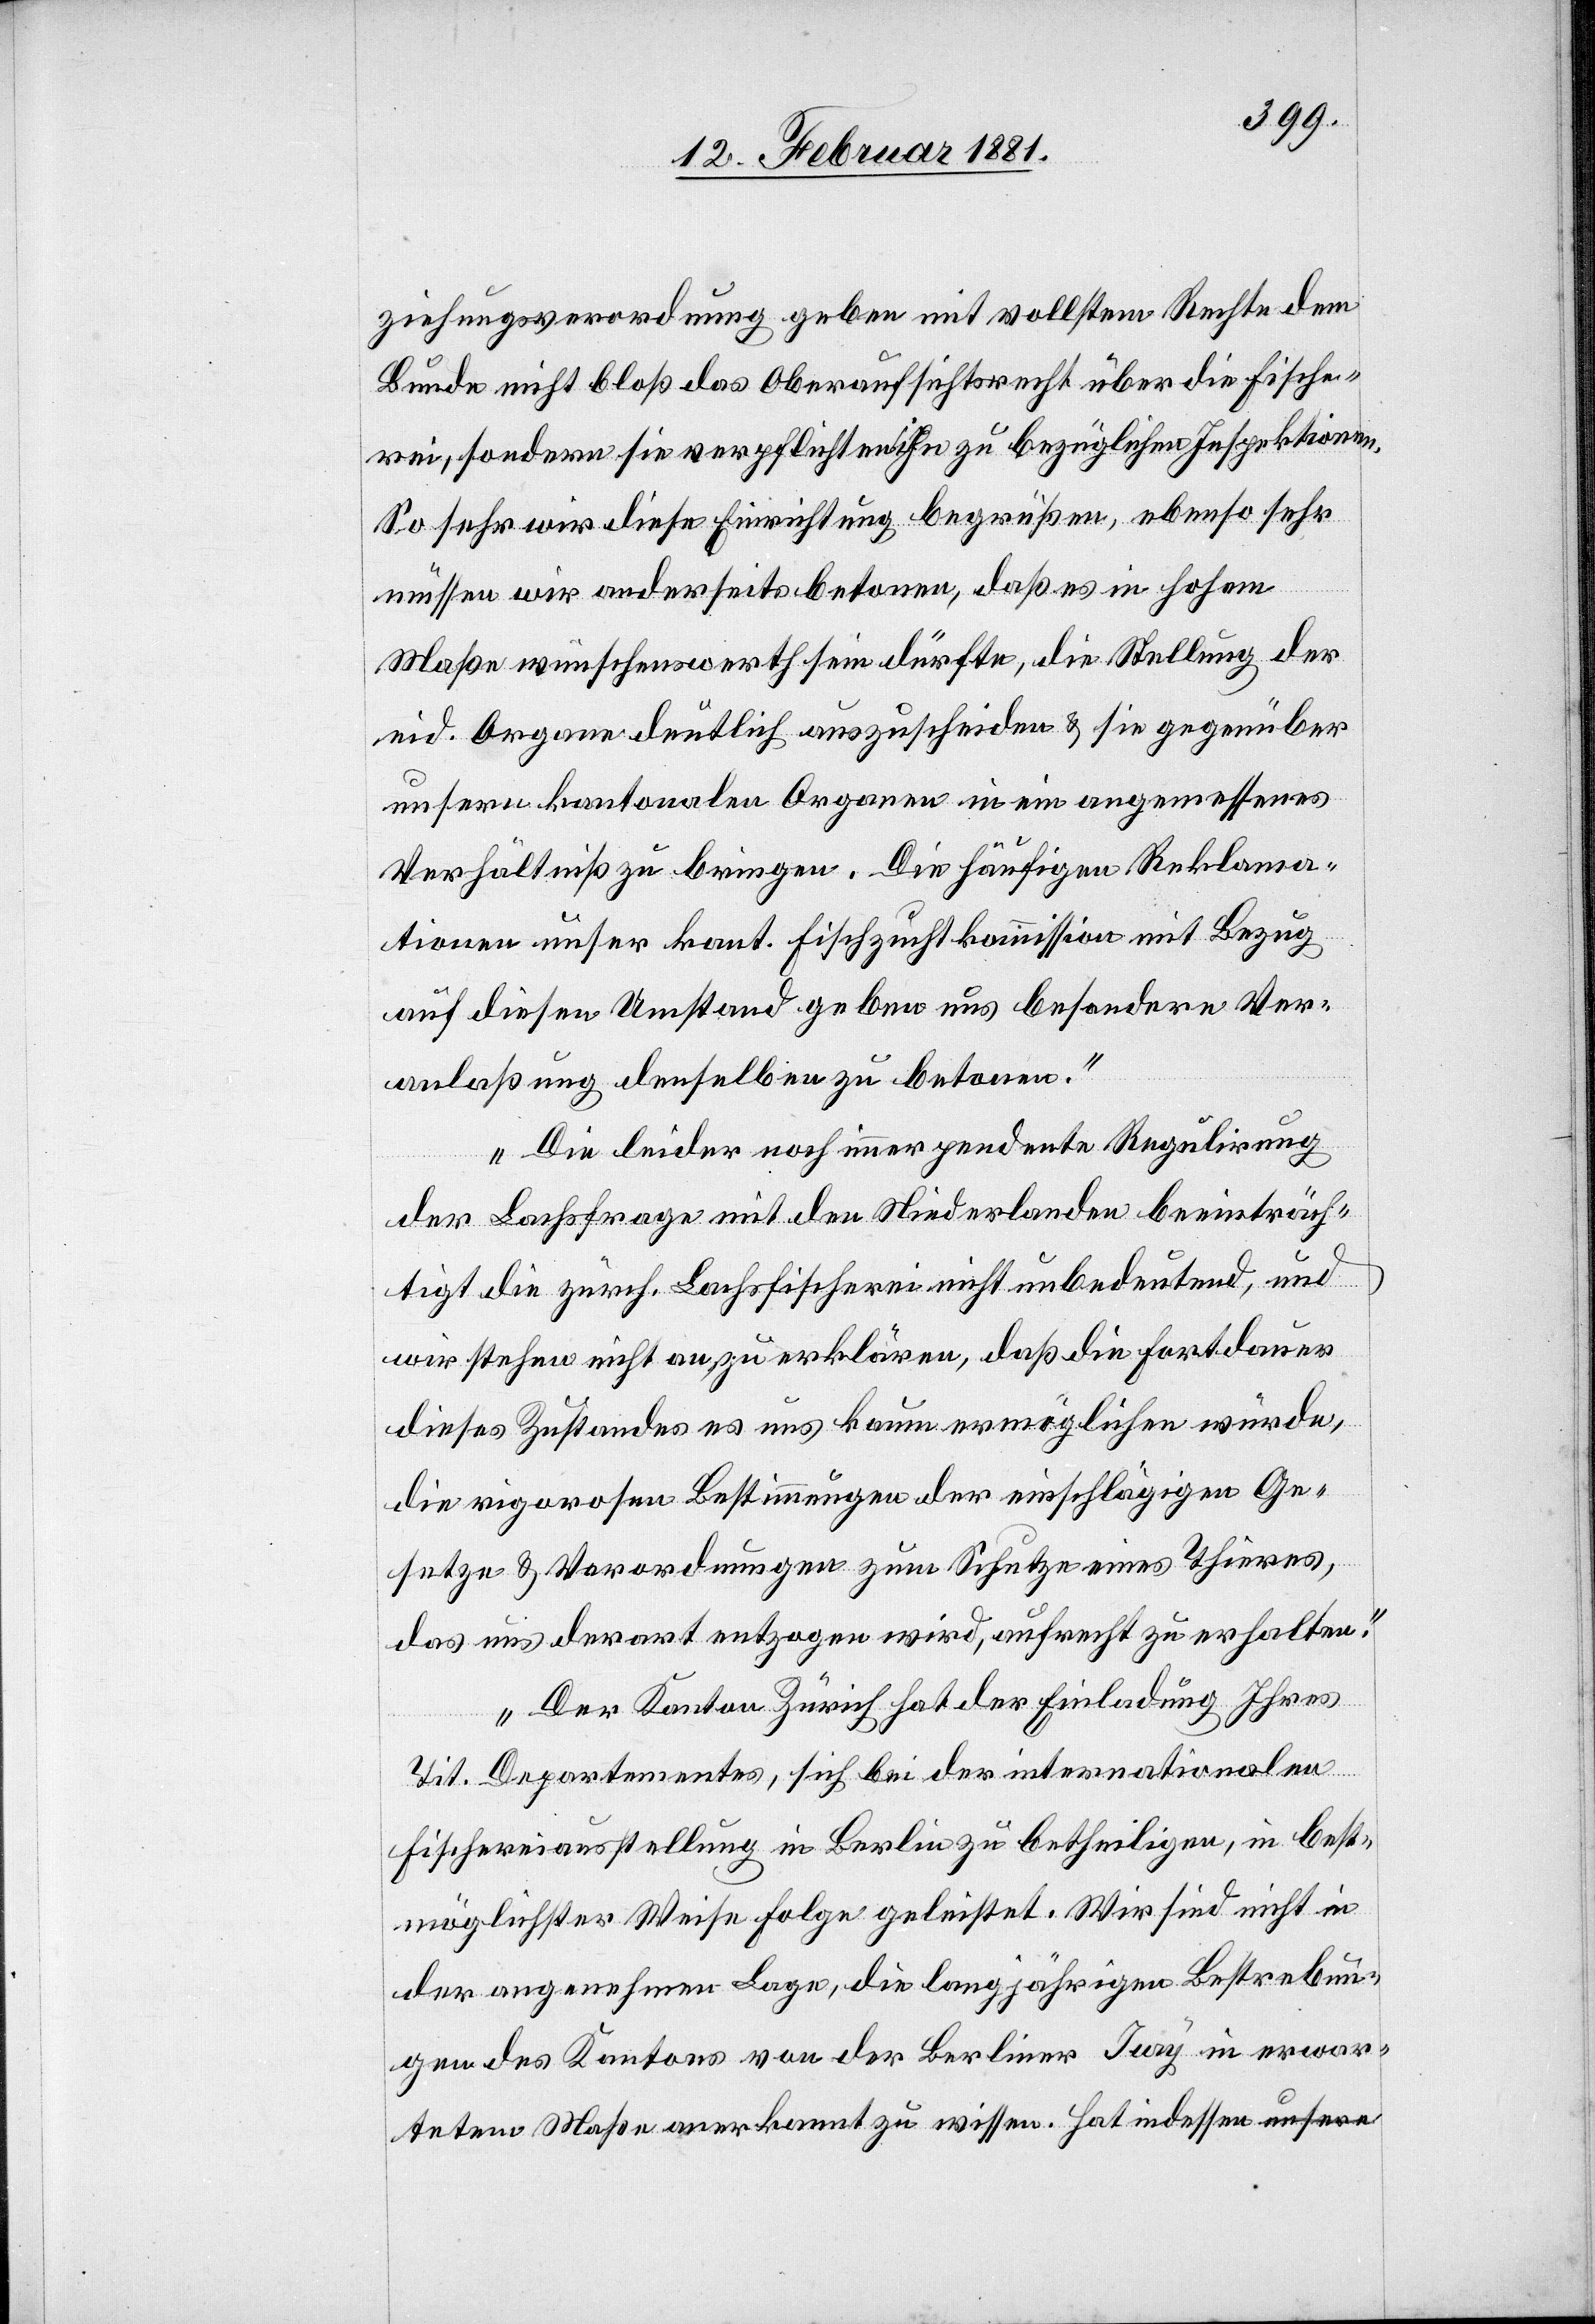
ziehungsverordnung geben mit vollstem Rechte dem
Bunde nicht bloß das Oberaufsichtsrecht über die Fische¬
rei, sondern sie verpflichten ihn zu bezüglichen Inspektionen.
So sehr wir diese Einrichtung begrüßen, ebenso sehr
müssen wir anderseits betonen, daß es in hohem
Maße wünschenswerth sein dürfte, die Stellung der
eid. Organe deutlich auszuscheiden & sie gegenüber
unsern kantonalen Organen in ein angemessenes
Verhältniß zu bringen. Die häufigen Reklama¬
tionen unser kant. Fischzuchtkommission mit Bezug
auf diesen Umstand geben uns besondere Ver¬
anlaßung denselben zu betonen.
Die leider noch immer pendente Regulirung
der Lachsfrage mit den Niederlanden beeinträch¬
tigt die zürch. Lachsfischerei nicht unbedeutend, und
wir stehen nicht an zu erklären, daß die Fortdauer
dieses Zustandes es uns kaum ermöglichen würde,
die rigorosen Bestimmungen der einschlägigen Ge¬
setze & Verordnungen zum Schutze eines Thieres,
das uns derart entzogen wird, aufrecht zu erhalten.
Der Kanton Zürich hat der Einladung Ihres
Tit. Departementes, sich bei der internationalen
Fischereiausstellung in Berlin zu betheiligen, in best¬
möglichster Weise Folge geleistet. Wir sind nicht in
der angenehmen Lage, die langjährigen Bestrebun¬
gen des Kantons von der Berliner Jury in erwar¬
tetem Maße anerkannt zu wissen. Hat indessen